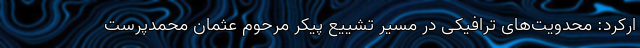
ارکرد: محدویت‌های ترافیکی در مسیر تشییع پیکر مرحوم عثمان محمدپرست